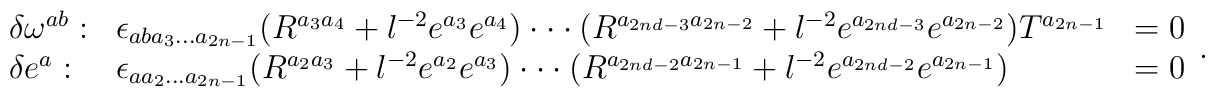
\begin{array}{lll}\delta \omega ^{ab}: & \epsilon_{aba_{3}...a_{2n-1}}(R^{a_{3}a_{4}}+l^{-2}e^{a_{3}}e^{a_{4}})\cdot \cdot\cdot (R^{a_{2nd-3}a_{2n-2}}+l^{-2}e^{a_{2nd-3}}e^{a_{2n-2}})T^{a_{2n-1}} & =0 \\ \delta e^{a}: & \epsilon_{aa_{2}...a_{2n-1}}(R^{a_{2}a_{3}}+l^{-2}e^{a_{2}}e^{a_{3}})\cdot \cdot\cdot (R^{a_{2nd-2}a_{2n-1}}+l^{-2}e^{a_{2nd-2}}e^{a_{2n-1}}) & =0\end{array}.